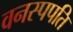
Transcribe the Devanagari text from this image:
वनस्पपति